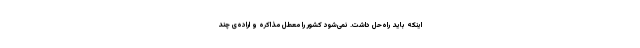
اینکه باید راه‌حل داشت. نمی‌شود کشور را معطل مذاکره و اراده‌ی چند